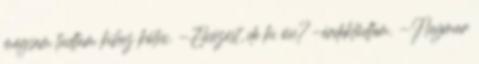
mégsem tudtam kihez kötni. -Elnézést, de ki ön?-érdeklődtem. -Neymar